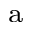
^ \mathrm { a }